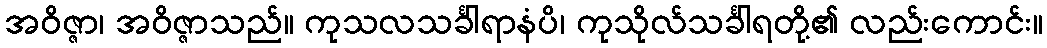
အဝိဇ္ဇာ၊ အဝိဇ္ဇာသည်။ ကုသလသင်္ခါရာနံပိ၊ ကုသိုလ်သင်္ခါရတို့၏ လည်းကောင်း။